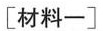
[材料-]